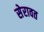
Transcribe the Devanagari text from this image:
सेरावत